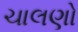
ચાલણો